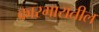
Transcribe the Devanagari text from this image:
कारभारातील